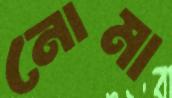
নোমা